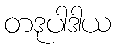
တဒုပါဒါယ